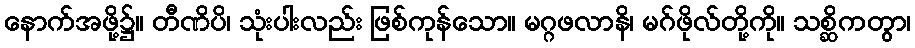
နောက်အဖို့၌။ တီဏိပိ၊ သုံးပါးလည်း ဖြစ်ကုန်သော။ မဂ္ဂဖလာနိ၊ မဂ်ဖိုလ်တို့ကို။ သစ္ဆိကတွာ၊